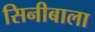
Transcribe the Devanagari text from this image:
सिनीबाला